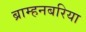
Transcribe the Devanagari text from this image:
ब्राम्हनबरिया